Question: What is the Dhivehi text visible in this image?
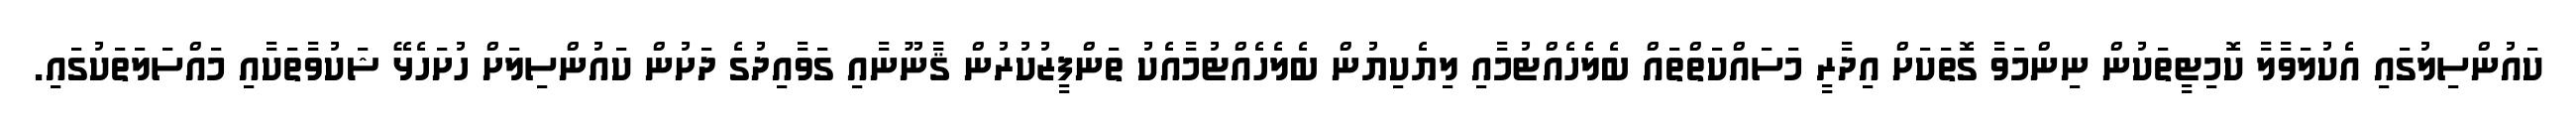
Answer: ކައުންސިލުގައި އެކުލަވާލާ ކޮމިޓީތަކުން ނިންމަވާ ގޮތަކަށް އިދާރީ މަސައްކަތްތައް ބެލެހެއްޓުމާއި ލިޔެކިޔުން ބެލެހެއްޓުމާއެކު ތަންފީޒުކުރުން ޤާނޫނާއި ގަވާއިދުގެ ދަށުން ކައުންސިލަށް ހުށަހެޅޭ ޝަކުވާތަކާއި މައްސަލަތަކުގައި.